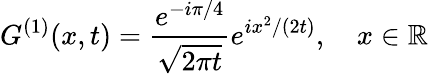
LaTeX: G^{(1)}(x,t)=\frac{e^{-i\pi/4}}{\sqrt{2\pi t}}e^{ix^{2}/(2t)},\quad x\in\mathbb{R}